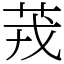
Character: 茙